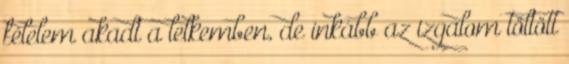
félelem akadt a lelkemben, de inkább az izgalom töltött